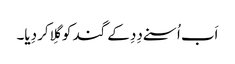
اَب اُسنے دِدِ کے گند کو گِلا کر دِیا۔